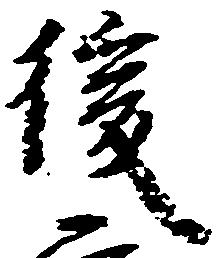
後